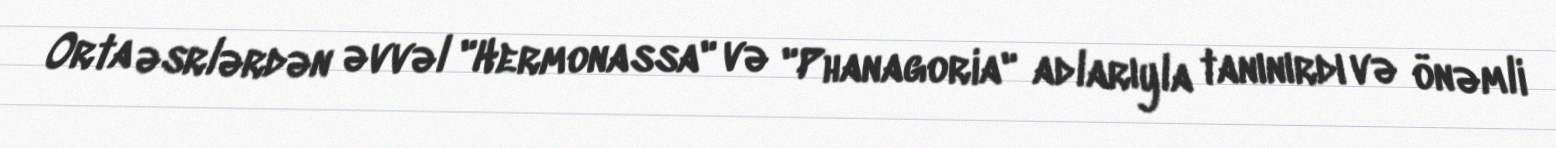
Orta əsrlərdən əvvəl "Hermonassa" və "Phanagoria" adlarıyla tanınırdı və önəmli